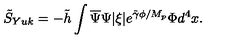
\tilde { S } _ { Y u k } = - \tilde { h } \int \overline { { \Psi } } \Psi | \xi | e ^ { \tilde { \gamma } \phi / M _ { p } } \Phi d ^ { 4 } x .